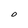
Character: O